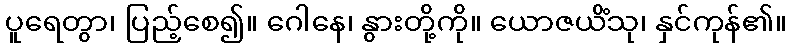
ပူရေတွာ၊ ပြည့်စေ၍။ ဂေါနေ၊ နွားတို့ကို။ ယောဇယိံသု၊ နှင်ကုန်၏။